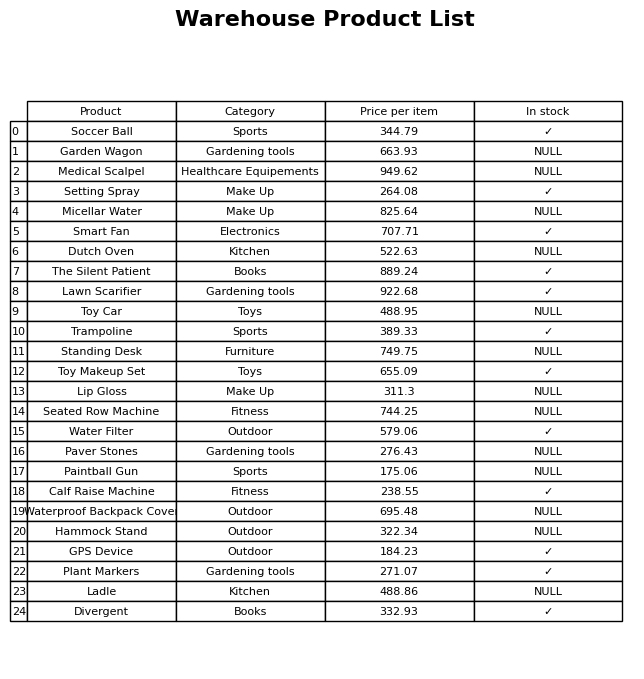
question: What is the price for Toy Makeup Set?
answer: The price of Toy Makeup Set is 655.09.